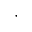
\cdot